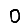
Digit: 0